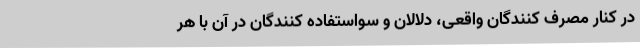
در کنار مصرف کنندگان واقعی، دلالان و سو‌استفاده کنندگان در آن با هر